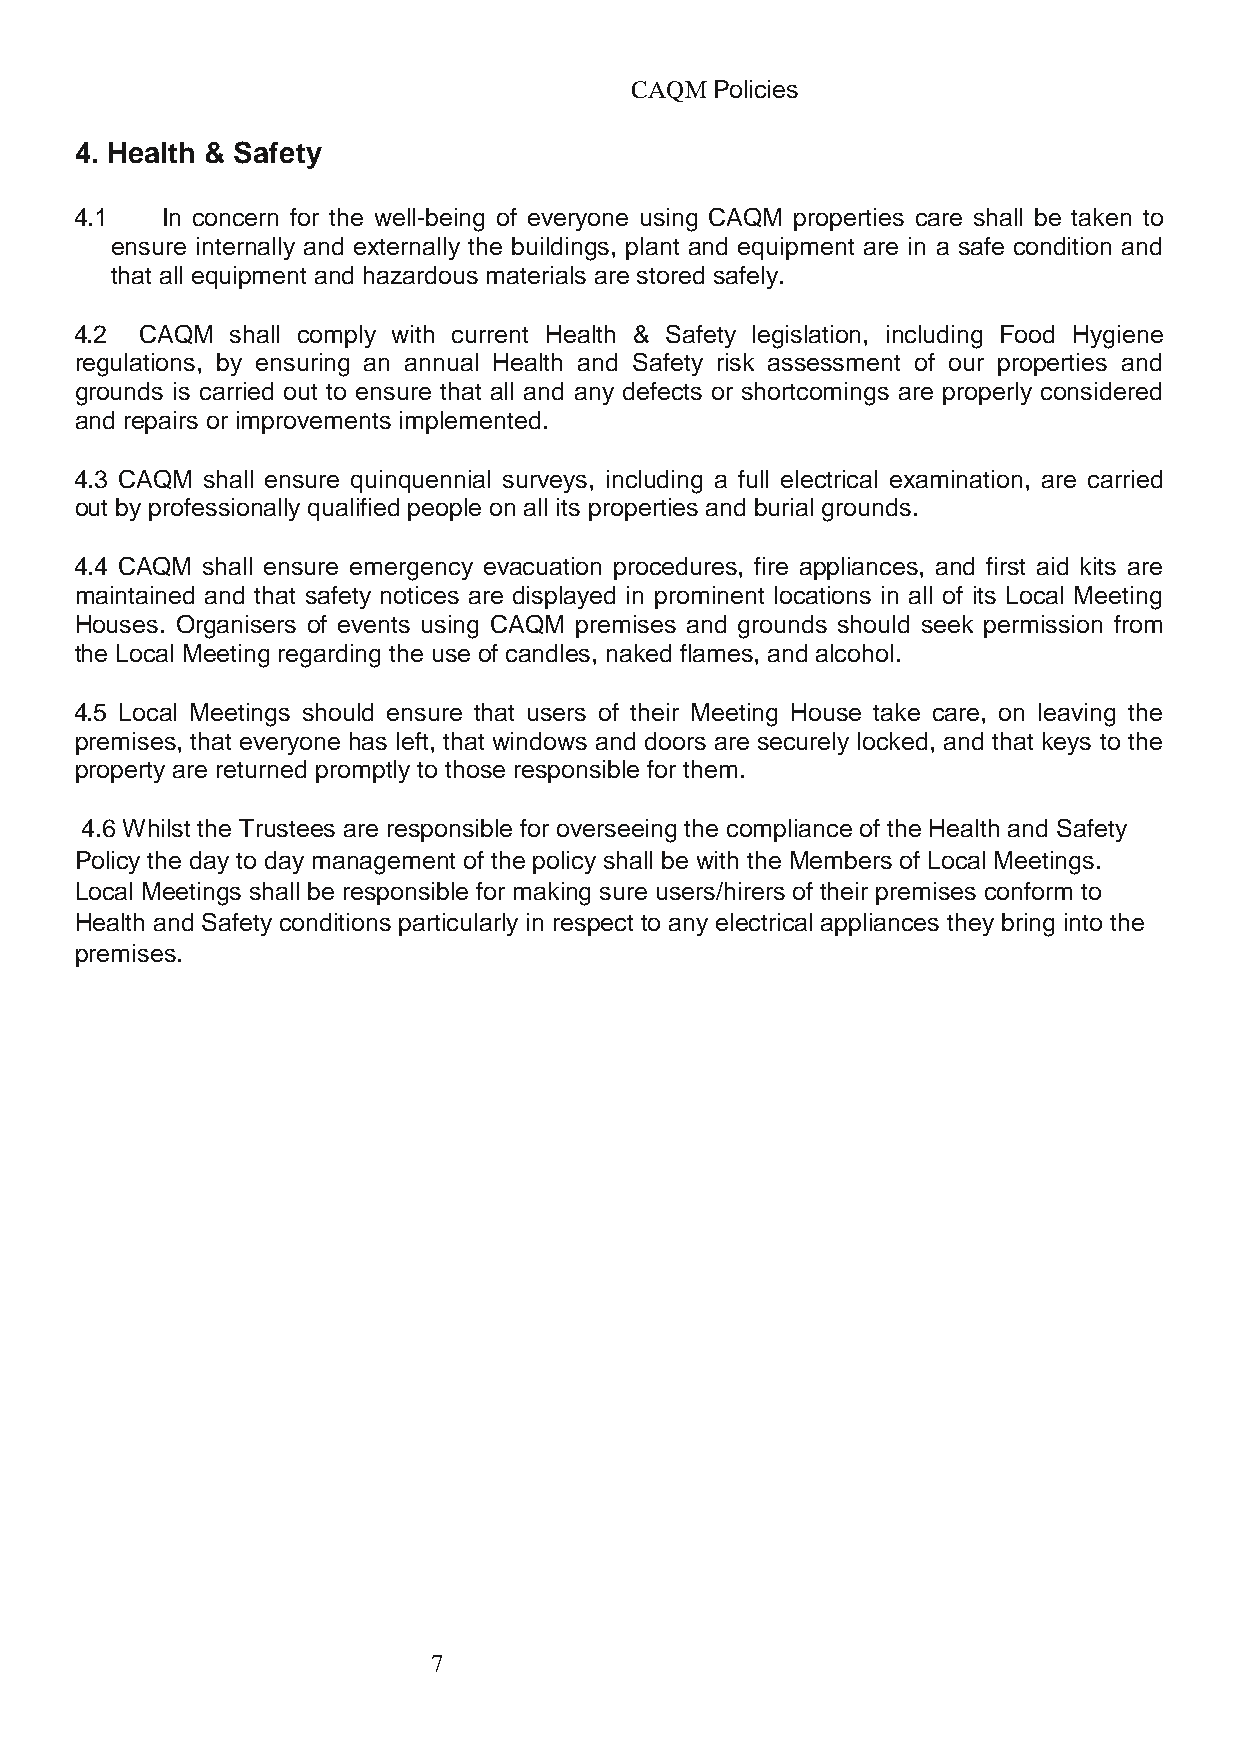
CAQM Policies
 4. Health & Safety
 4.1   In concern for the well-being of everyone using CAQM properties care shall be taken to
 ensure internally and externally the buildings, plant and equipment are in a safe condition and
 that all equipment and hazardous materials are stored safely.
 4.2 CAQM  shall comply with current Health & Safety legislation, including Food Hygiene
 regulations, by ensuring an annual Health and Safety risk assessment of our properties and
 grounds is carried out to ensure that all and any defects or shortcomings are properly considered
 and repairs or improvements implemented.
 4.3 CAQM shall ensure quinquennial surveys, including a full electrical examination, are carried
 out by professionally qualified people on all its properties and burial grounds.
 4.4 CAQM shall ensure emergency evacuation procedures, fire appliances, and first aid kits are
 maintained and that safety notices are displayed in prominent locations in all of its Local Meeting
 Houses. Organisers of events using CAQM premises and grounds should seek permission from
 the Local Meeting regarding the use of candles, naked flames, and alcohol.
 4.5 Local Meetings should ensure that users of their Meeting House take care, on leaving the
 premises, that everyone has left, that windows and doors are securely locked, and that keys to the
 property are returned promptly to those responsible for them.
 4.6 Whilst the Trustees are responsible for overseeing the compliance of the Health and Safety
 Policy the day to day management of the policy shall be with the Members of Local Meetings.
 Local Meetings shall be responsible for making sure users/hirers of their premises conform to
 Health and Safety conditions particularly in respect to any electrical appliances they bring into the
 premises.
 7